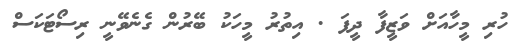
ހުރި މީހާއަށް ވަޒީފާ ދީފަ . އިތުރު މީހަކު ބޭރުން ގެނެވޭނީ ރިސޯޓަކަސް